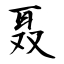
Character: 聂